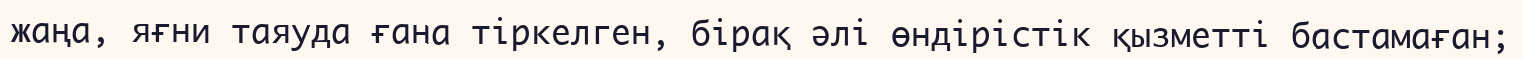
жаңа, яғни таяуда ғана тіркелген, бірақ әлі өндірістік қызметті бастамаған;